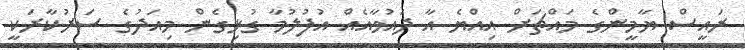
ރައީސް ޔާމީންގެ މައްޗަށް އިއްޔެ އާ ދައުވާއެއް އުފުލުމާ ގުޅިގެން މިއަދުގެ ސަރުކާރަކީ